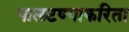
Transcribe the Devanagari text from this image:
पालटण्याकरिता